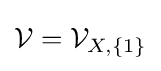
{\mathcal {V}}={\mathcal {V}}_{X,\{1\}}